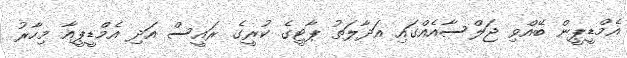
އެމްޑީޕީން ބޭއްވި ޖަލްސާއެއްގައި އަދާލަތު ޕާޓީގެ ކުރީގެ ރައީސް އަދި އެމްޑީޕީއާ މިހާރު